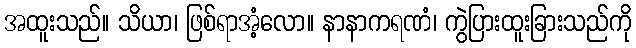
အထူးသည်။ သိယာ၊ ဖြစ်ရာအံ့လော။ နာနာကရဏံ၊ ကွဲပြားထူးခြားသည်ကို